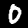
Label: 0